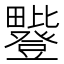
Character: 𪽥